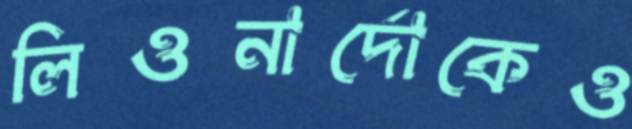
লিওনার্দোকেও